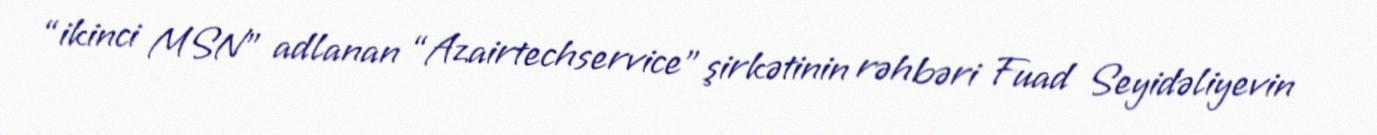
“ikinci MSN” adlanan “Azairtechservice” şirkətinin rəhbəri Fuad Seyidəliyevin